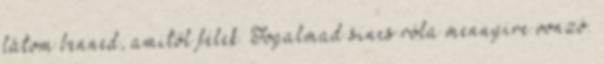
látom benned, amitől félek. Fogalmad sincs róla mennyire vonzó.